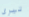
تيرى